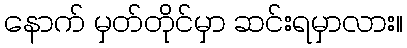
နောက် မှတ်တိုင်မှာ ဆင်းရမှာလား။